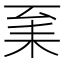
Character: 𦓩